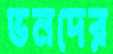
ভনদের